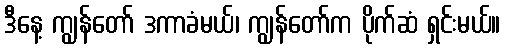
ဒီနေ့ ကျွန်တော် ဒကာခံမယ်၊ ကျွန်တော်က ပိုက်ဆံ ရှင်းမယ်။